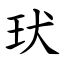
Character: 㺴